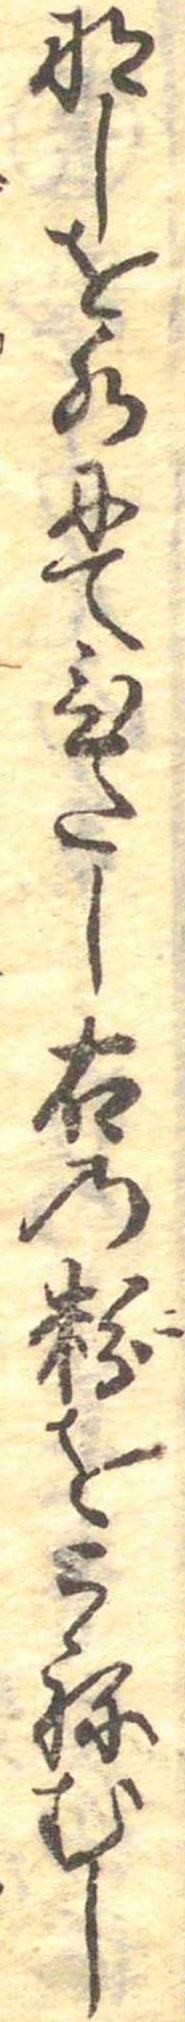
なしを水にてひたし右の粉をこねむし